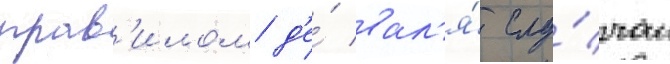
прав'илом д'е́ вал'я́ слу́чаи